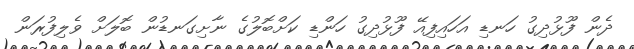
ދެން ފޫޅުދިގު ހަނޑި އަހައިފިއޭ ފޫޅުދިގު ހަންޑި ކަށްބޮލުގެ ނާށިގަނޑުން ބޮލަށް ވެލިފުރަން